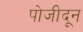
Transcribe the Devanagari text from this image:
पोजीदून